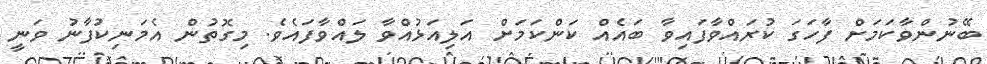
ބޭނުންވާކަމަށް ފާހަގަ ކުރައްވާފައިވާ ބައެއް ކަންކަމަށް އަލިއަޅުއްވާ ލައްވާފައެވެ. މިގޮތުން އެމަނިކުފާނު ވަނީ